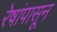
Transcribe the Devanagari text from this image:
रेषांपासून